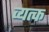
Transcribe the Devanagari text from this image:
व्यत्क